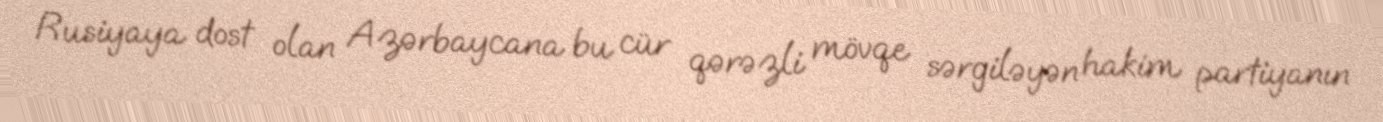
Rusiyaya dost olan Azərbaycana bu cür qərəzli mövqe sərgiləyən hakim partiyanın